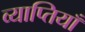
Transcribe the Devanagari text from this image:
व्याप्तियाँ